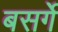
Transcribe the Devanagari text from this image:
बसर्गे